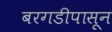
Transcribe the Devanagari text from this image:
बरगडीपासून